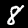
Label: 8